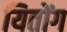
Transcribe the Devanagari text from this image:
यितोंग